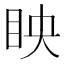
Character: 眏